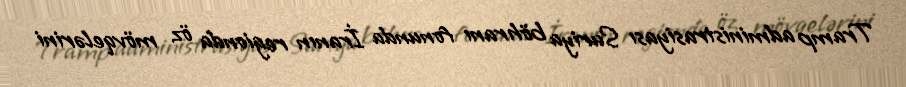
Tramp administrasiyası Suriya böhranı fonunda İranın regionda öz mövqelərini